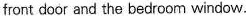
front door and the bedroom window.